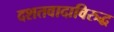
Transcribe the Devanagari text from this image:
दशतवादाविरुद्ध